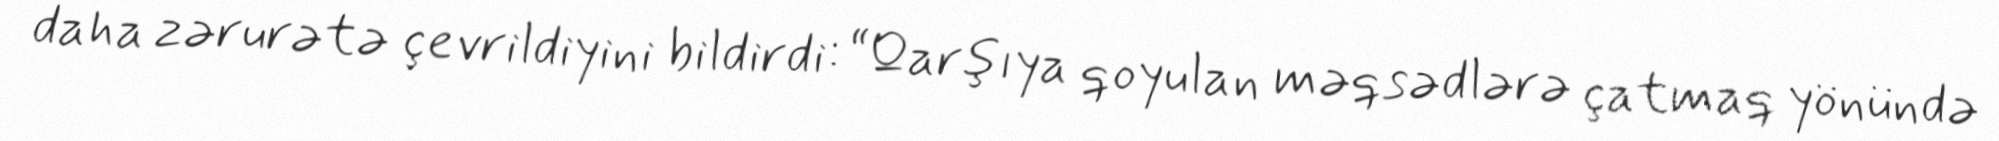
daha zərurətə çevrildiyini bildirdi: “Qarşıya qoyulan məqsədlərə çatmaq yönündə